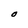
Character: O